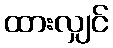
ထားလျှင်